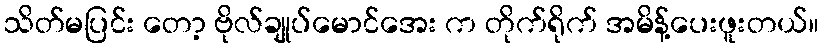
သိတ်မပြင်း တော့ ဗိုလ်ချုပ်မောင်အေး က တိုက်ရိုက် အမိန့်ပေးဖူးတယ်။